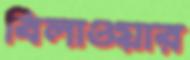
বিলাওয়ার